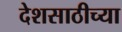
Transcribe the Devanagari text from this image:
देशसाठीच्या